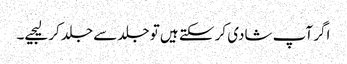
اگر آپ شادی کر سکتے ہیں تو جلد سے جلد کر لیجیے۔